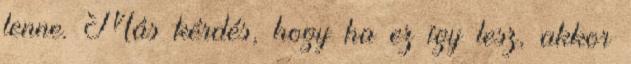
lenne. Más kérdés, hogy ha ez így lesz, akkor